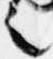
言